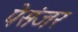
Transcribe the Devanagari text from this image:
पेसंजर